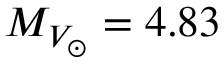
M _ { V _ { \odot } } = 4 . 8 3